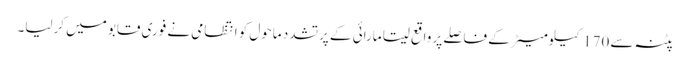
پٹنہ سے 170کیلومیٹر کے فاصلے پر واقع سیتا مارائی کے پرتشدد ماحول کو انتظامی نے فوری قابو میں کرلیا۔